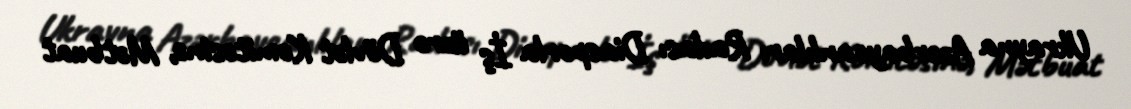
Ukrayna Azərbaycanlıları Radası Diasporla İş üzrə Dövlət Komitəsinə, Mətbuat